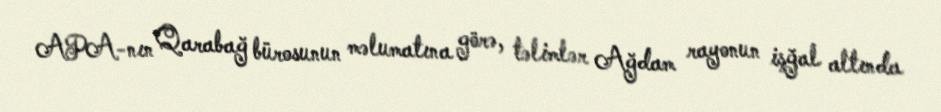
APA-nın Qarabağ bürosunun məlumatına görə, təlimlər Ağdam rayonun işğal altında